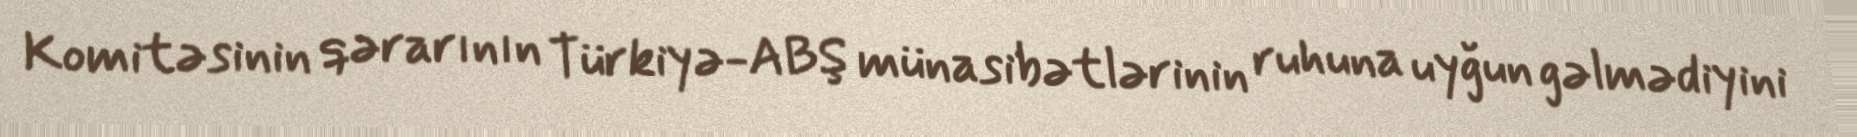
Komitəsinin qərarının Türkiyə-ABŞ münasibətlərinin ruhuna uyğun gəlmədiyini